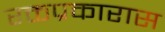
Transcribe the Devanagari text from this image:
रक्तप्रकारास